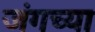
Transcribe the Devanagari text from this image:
जंगच्या